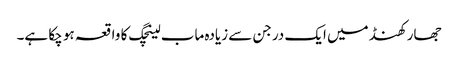
جھارکھنڈ میں ایک درجن سے زیادہ ماب لینچگ کا واقعہ ہو چکا ہے۔